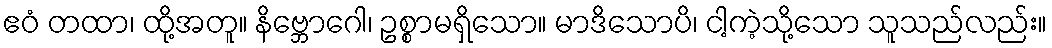
ဧဝံ တထာ၊ ထို့အတူ။ နိဗ္ဘောဂေါ၊ ဥစ္စာမရှိသော။ မာဒိသောပိ၊ ငါ့ကဲ့သို့သော သူသည်လည်း။